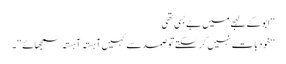
‘‘ ابو کے لہجے میں بے بسی تھی
‘‘خود بات نہیں کر سکتے تو صمد سے کہیں آہستہ آہستہ سمجھائے ‘‘ ۔